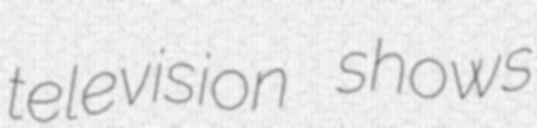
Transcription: television shows